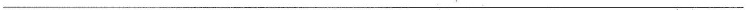
___